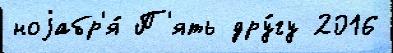
ноjабр'я́ П'ять дру́гу 2016